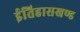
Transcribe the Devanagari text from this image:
ईतिहासखण्ड